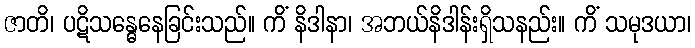
ဇာတိ၊ ပဋိသန္ဓေနေခြင်းသည်။ ကိံ နိဒါနာ၊ အဘယ်နိဒါန်းရှိသနည်း။ ကိံ သမုဒယာ၊